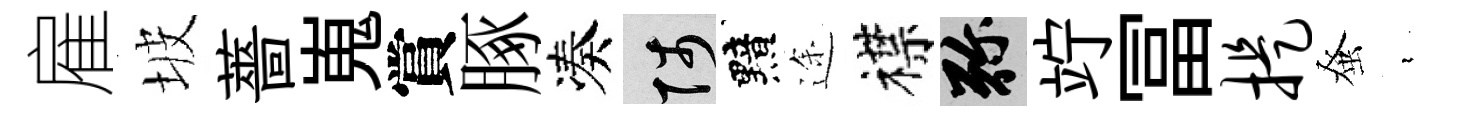
雇坡薔嵬賞䐁凑陟黯途襟弥竚冨提𫊫裊